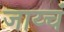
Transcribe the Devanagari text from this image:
जाय्चं